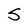
Character: S